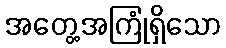
အတွေ့အကြုံရှိသော